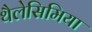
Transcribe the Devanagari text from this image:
थैलेसिमिया